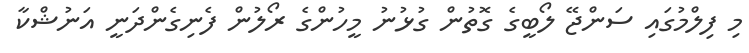
މި ފިލްމުގައި ސަންޖޭ ލޯބީގެ ގޮތުން ގުޅުނު މީހުންގެ ރޯލުން ފެނިގެންދަނީ އަނުޝްކާ